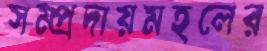
সম্প্রদায়মহলের